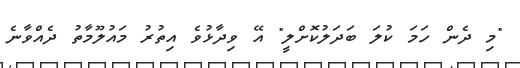
"މި ދެން ހަމަ ކުލަ ބަދަލުކޮށްލީ" އޭ ވިދާޅުވެ އިތުރު މައުލޫމާތު ދެއްވާނެ